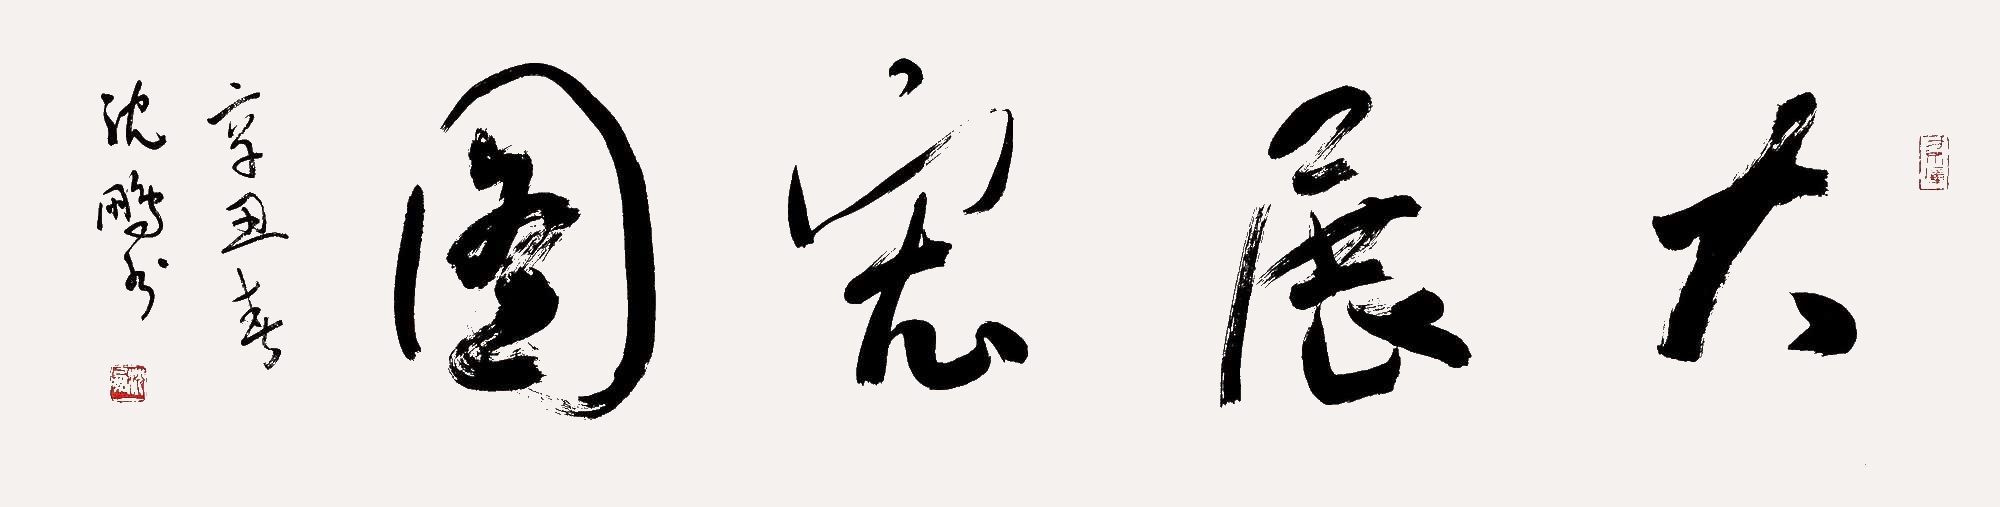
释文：大展宏图。辛丑春沈鹏书。